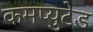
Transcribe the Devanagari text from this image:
कमप्युटेड